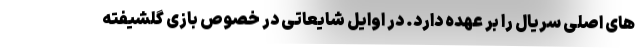
های اصلی سریال را بر عهده دارد. در اوایل شایعاتی در خصوص بازی گلشیفته